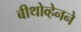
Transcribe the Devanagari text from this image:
बीथोव्हेनने